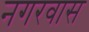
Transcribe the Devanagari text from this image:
नगरवास